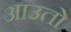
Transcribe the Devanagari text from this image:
आउतो